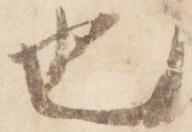
也